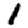
Digit: 1